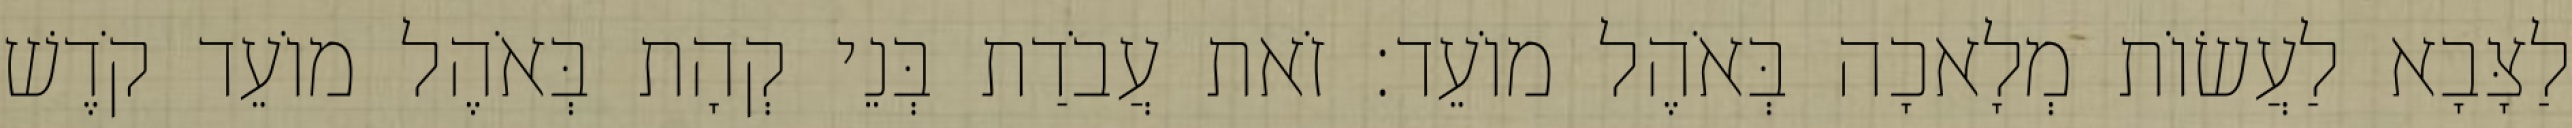
לַצָּבָא לַעֲשׂוֹת מְלָאכָה בְּאֹהֶל מוֹעֵד׃ זֹאת עֲבֹדַת בְּנֵי קְהָת בְּאֹהֶל מוֹעֵד קֹדֶשׁ